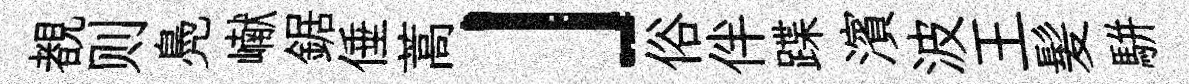
覩则鳧𪩘鋸倕蒿」俗伴蹀濱波王髪駢